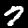
Digit: 7